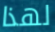
لهذا